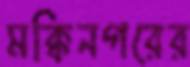
মক্কিনগরের